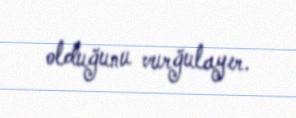
olduğunu vurğulayır.